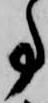
事